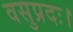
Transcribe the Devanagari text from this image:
वसुप्रदः।